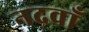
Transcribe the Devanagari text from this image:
नदवाँ